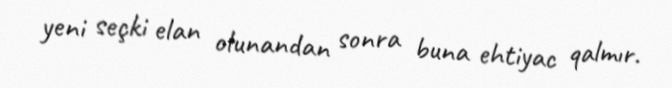
yeni seçki elan olunandan sonra buna ehtiyac qalmır.